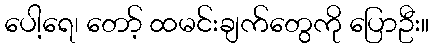
ပေါ့ရေ၊ တော့် ထမင်းချက်တွေကို ပြောဦး။